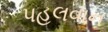
પહલવાન